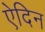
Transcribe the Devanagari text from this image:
ऐदिन